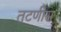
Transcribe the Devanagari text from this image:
तटणीस